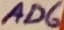
Text: AD6